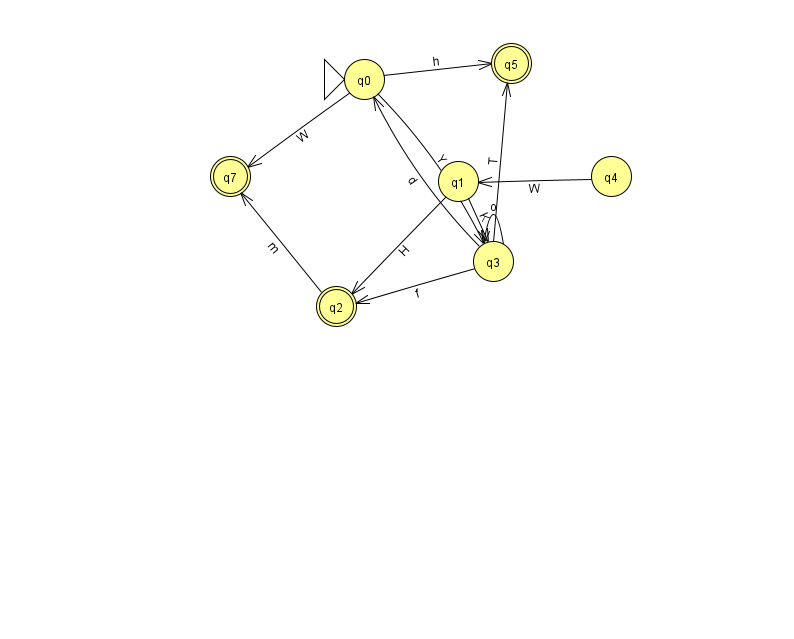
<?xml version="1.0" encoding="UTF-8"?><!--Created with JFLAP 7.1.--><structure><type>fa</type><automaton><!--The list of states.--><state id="0" name="q0"><x>364.0</x><y>66.0</y><initial/></state><state id="1" name="q1"><x>458.0</x><y>168.0</y></state><state id="2" name="q2"><x>336.0</x><y>293.0</y><final/></state><state id="3" name="q3"><x>493.0</x><y>248.0</y></state><state id="4" name="q4"><x>611.0</x><y>163.0</y></state><state id="5" name="q5"><x>511.0</x><y>50.0</y><final/></state><state id="7" name="q7"><x>230.0</x><y>163.0</y><final/></state><!--The list of transitions.--><transition><from>0</from><to>7</to><read>W</read></transition><transition><from>0</from><to>3</to><read>Y</read></transition><transition><from>1</from><to>2</to><read>H</read></transition><transition><from>0</from><to>5</to><read>h</read></transition><transition><from>2</from><to>7</to><read>m</read></transition><transition><from>3</from><to>5</to><read>T</read></transition><transition><from>3</from><to>0</to><read>d</read></transition><transition><from>1</from><to>3</to><read>K</read></transition><transition><from>3</from><to>2</to><read>f</read></transition><transition><from>3</from><to>3</to><read>o</read></transition><transition><from>4</from><to>1</to><read>W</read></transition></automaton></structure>